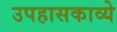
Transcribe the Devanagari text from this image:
उपहासकाव्ये